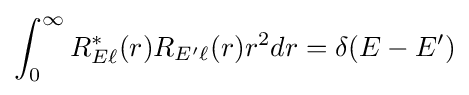
\int _{0}^{\infty }R_{E\ell }^{\ast }(r)R_{E'\ell }(r)r^{2}dr=\delta (E-E')